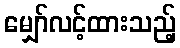
မျှော်လင့်ထားသည့်